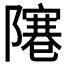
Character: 𨼭